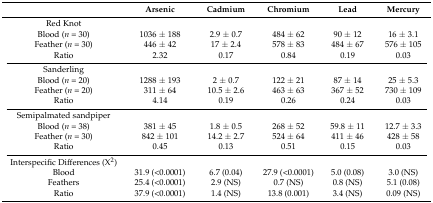
|  | Arsenic | Cadmium | Chromium | Lead | Mercury |
 | --- | --- | --- | --- | --- | --- |
 | Red Knot |  |  |  |  |  |
 | Blood (n = 30) | 1036 ± 188 | 2.9 ± 0.7 | 484 ± 62 | 90 ± 12 | 16 ± 3.1 |
 | Feather (n = 30) | 446 ± 42 | 17 ± 2.4 | 578 ± 83 | 484 ± 67 | 576 ± 105 |
 | Ratio | 2.32 | 0.17 | 0.84 | 0.19 | 0.03 |
 | Sanderling |  |  |  |  |  |
 | Blood (n = 20) | 1288 ± 193 | 2 ± 0.7 | 122 ± 21 | 87 ± 14 | 25 ± 5.3 |
 | Feather (n = 20) | 311 ± 64 | 10.5 ± 2.6 | 463 ± 63 | 367 ± 52 | 730 ± 109 |
 | Ratio | 4.14 | 0.19 | 0.26 | 0.24 | 0.03 |
 | Semipalmated sandpiper |  |  |  |  |  |
 | Blood (n = 38) | 381 ± 45 | 1.8 ± 0.5 | 268 ± 52 | 59.8 ± 11 | 12.7 ± 3.3 |
 | Feather (n = 30) | 842 ± 101 | 14.2 ± 2.7 | 524 ± 64 | 411 ± 46 | 428 ± 58 |
 | Ratio | 0.45 | 0.13 | 0.51 | 0.15 | 0.03 |
 | Interspecific Differences (X2) |  |  |  |  |  |
 | Blood | 31.9 (<0.0001) | 6.7 (0.04) | 27.9 (<0.0001) | 5.0 (0.08) | 3.0 (NS) |
 | Feathers | 25.4 (<0.0001) | 2.9 (NS) | 0.7 (NS) | 0.8 (NS) | 5.1 (0.08) |
 | Ratio | 37.9 (<0.0001) | 1.4 (NS) | 13.8 (0.001) | 3.4 (NS) | 0.09 (NS) |